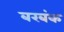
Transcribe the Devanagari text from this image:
बरबंक